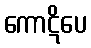
ကောဋိပေ